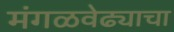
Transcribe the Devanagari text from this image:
मंगळवेढ्याचा